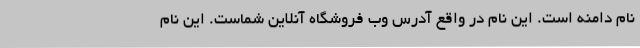
نام دامنه است. این نام در واقع آدرس وب فروشگاه آنلاین شماست. این نام